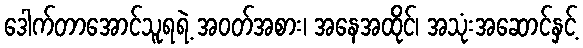
ဒေါက်တာအောင်သူရရဲ့ အဝတ်အစား၊ အနေအထိုင်၊ အသုံးအဆောင်နှင့်